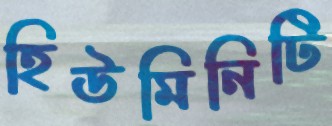
হিউমিনিটি